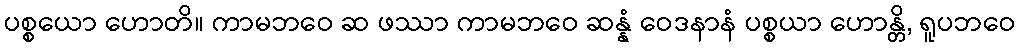
ပစ္စယော ဟောတိ။ ကာမဘဝေ ဆ ဖဿာ ကာမဘဝေ ဆန္နံ ဝေဒနာနံ ပစ္စယာ ဟောန္တိ, ရူပဘဝေ